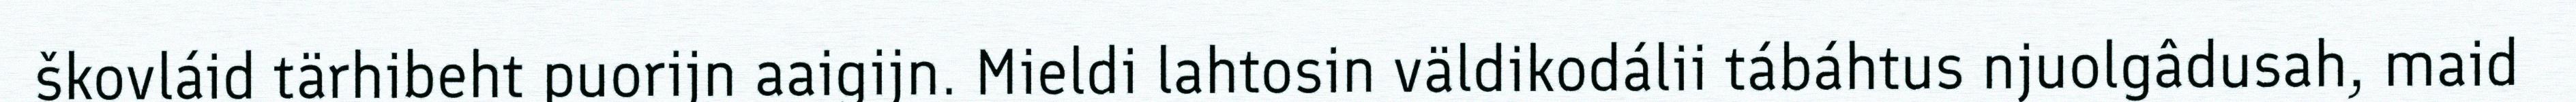
škovláid tärhibeht puorijn aaigijn. Mieldi lahtosin väldikodálii tábáhtus njuolgâdusah, maid